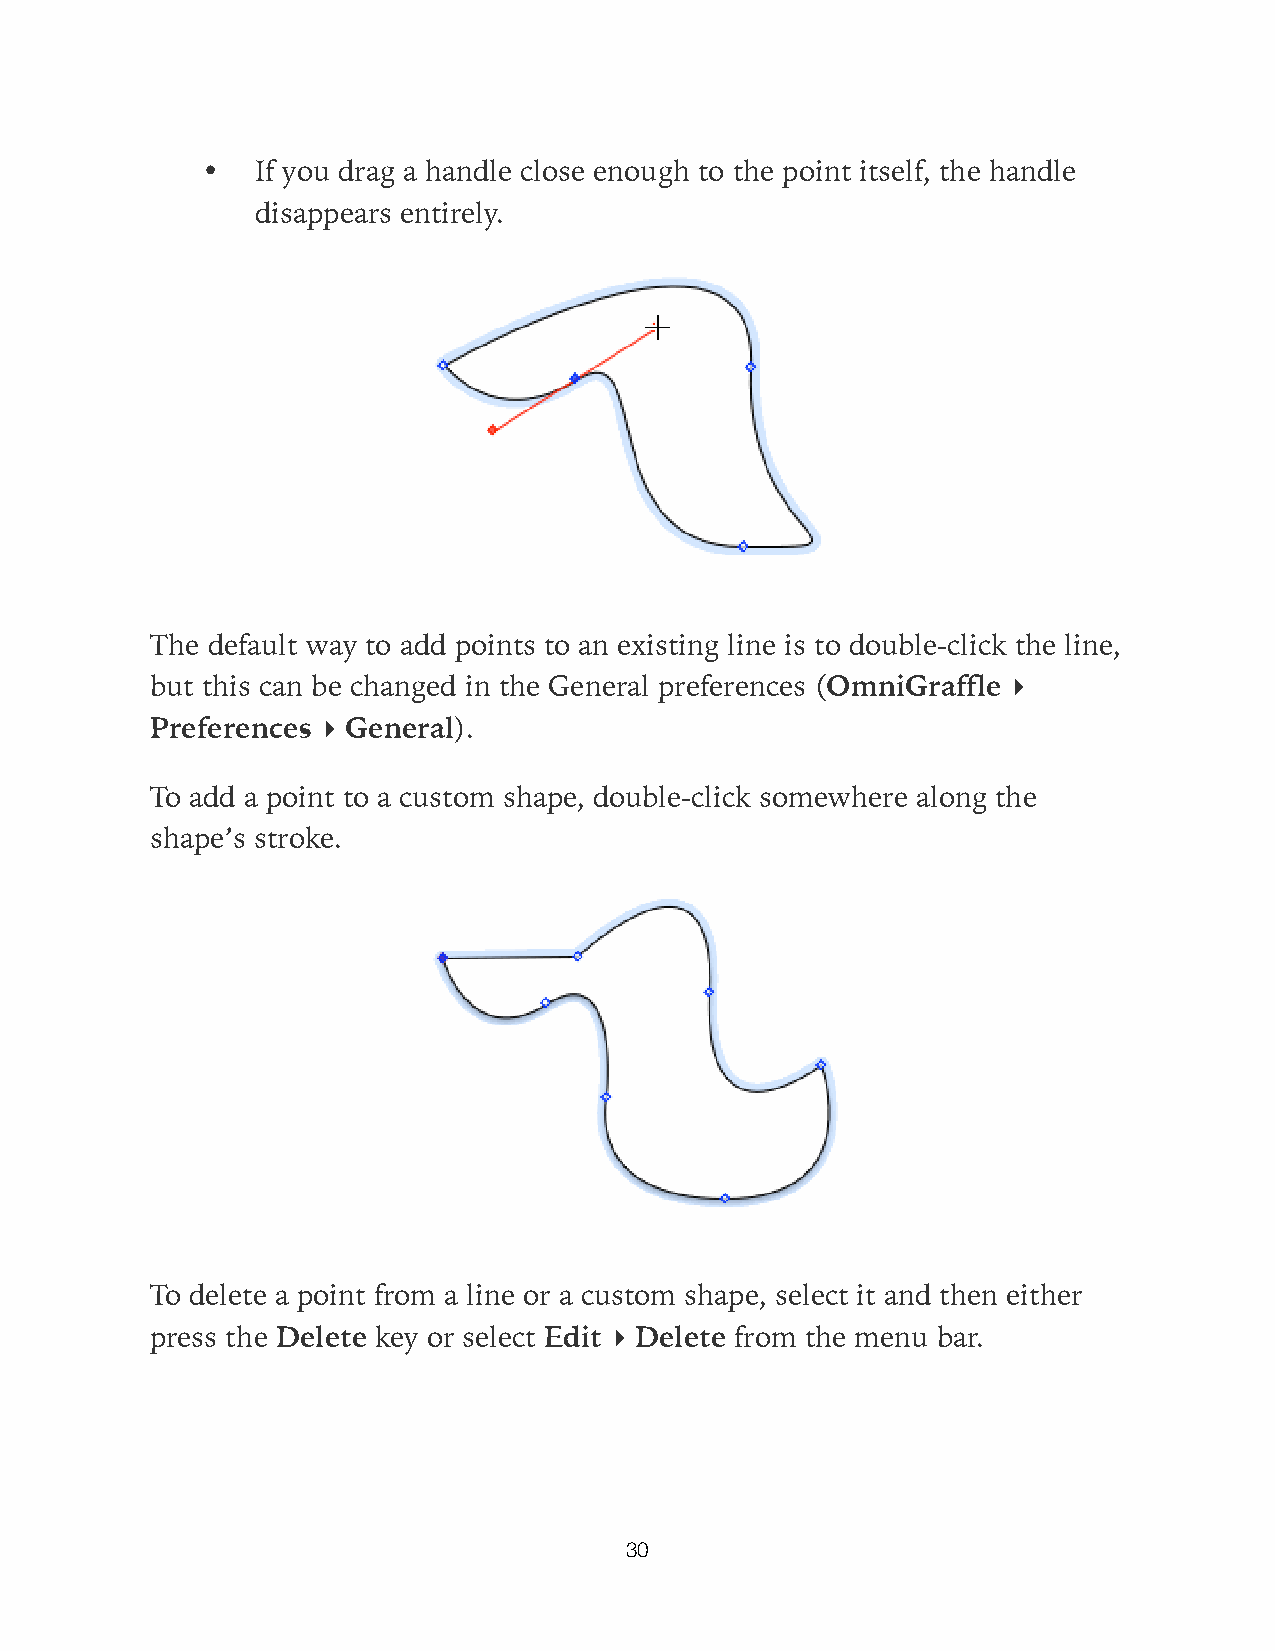
•   If you drag a handle close enough to the point itself, the handle
 disappears entirely.
 The default way to add points to an existing line is to double-click the line,
 but this can be changed in the General preferences (OmniGraffle ▸
 Preferences ▸ General).
 To add a point to a custom shape, double-click somewhere along the
 shape’s stroke.
 To delete a point from a line or a custom shape, select it and then either
 press the Delete key or select Edit ▸ Delete from the menu bar.
 30